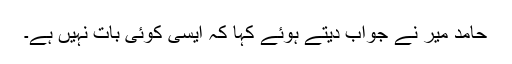
حامد میر نے جواب دیتے ہوئے کہا کہ ایسی کوئی بات نہیں ہے۔